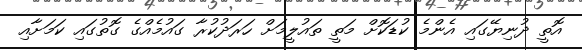
އޮތީ ދުނިޔޭގައި އެންމެ ކުޑަކޮށް މަތީ ތައުލީމަށް ހަރަދުކުރާ ގައުމެއްގެ ގޮތުގައި ކަމަށާއި